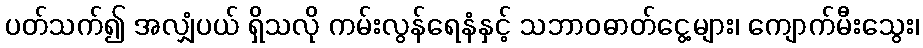
ပတ်သက်၍ အလျှံပယ် ရှိသလို ကမ်းလွန်ရေနံနှင့် သဘာဝဓာတ်ငွေ့များ၊ ကျောက်မီးသွေး၊